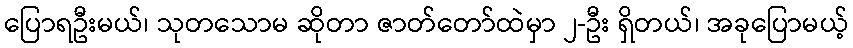
ပြောရဦးမယ်၊ သုတသောမ ဆိုတာ ဇာတ်တော်ထဲမှာ ၂-ဦး ရှိတယ်၊ အခုပြောမယ့်